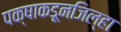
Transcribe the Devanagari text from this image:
पक्षाकडूनजिल्हा